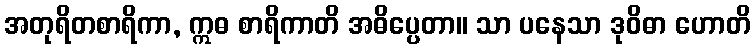
အတုရိတစာရိကာ, ဣဓ စာရိကာတိ အဓိပ္ပေတာ။ သာ ပနေသာ ဒုဝိဓာ ဟောတိ